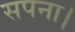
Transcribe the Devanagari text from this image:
सपना।